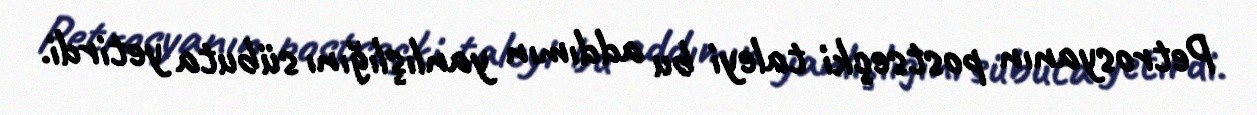
Petrosyanın postseçki taleyi bu addımın yanlışlığını sübuta yetirdi.